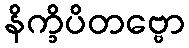
နိက္ခိပိတဗ္ဗော